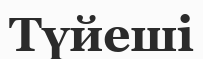
Түйеші